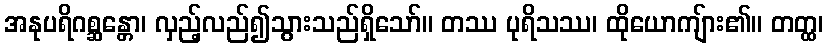
အနုပရိဂစ္ဆန္တော၊ လှည့်လည်၍သွားသည်ရှိသော်။ တဿ ပုရိသဿ၊ ထိုယောကျ်ား၏။ တတ္ထ၊